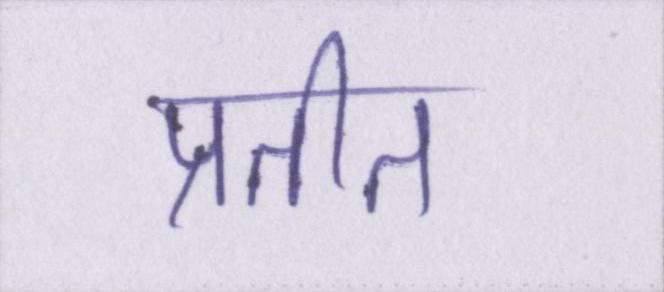
प्रतीत